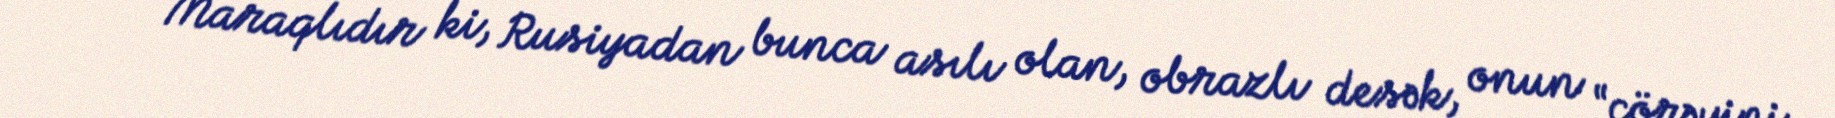
***** Maraqlıdır ki, Rusiyadan bunca asılı olan, obrazlı desək, onun “çörəyini